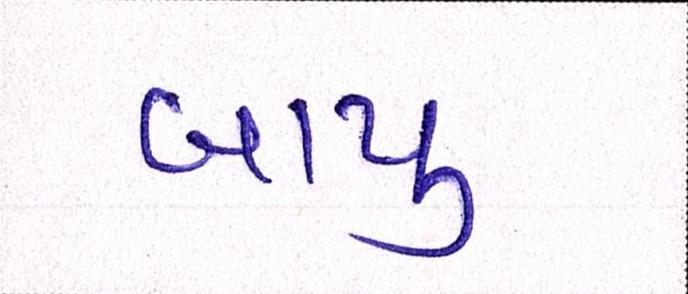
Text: બાપુ